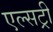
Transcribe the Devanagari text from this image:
एल्सट्री